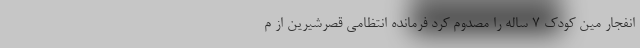
انفجار مین کودک ۷ ساله را مصدوم کرد فرمانده انتظامی قصرشیرین از م